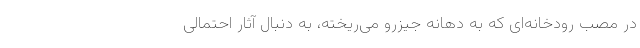
در مصب رودخانه‌ای که به دهانه جیزرو می‌ریخته، به دنبال آثار احتمالی